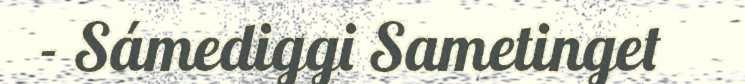
- Sámediggi Sametinget